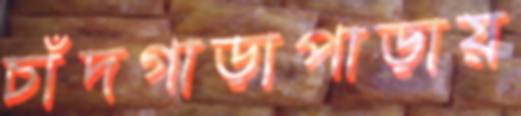
চাঁদগাড়াপাড়ায়